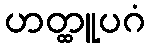
ဟတ္ထူပဂံ